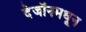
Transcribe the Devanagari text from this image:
देजॉनमधून